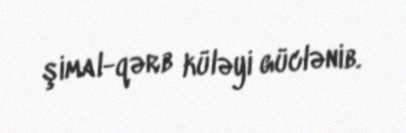
şimal-qərb küləyi güclənib.